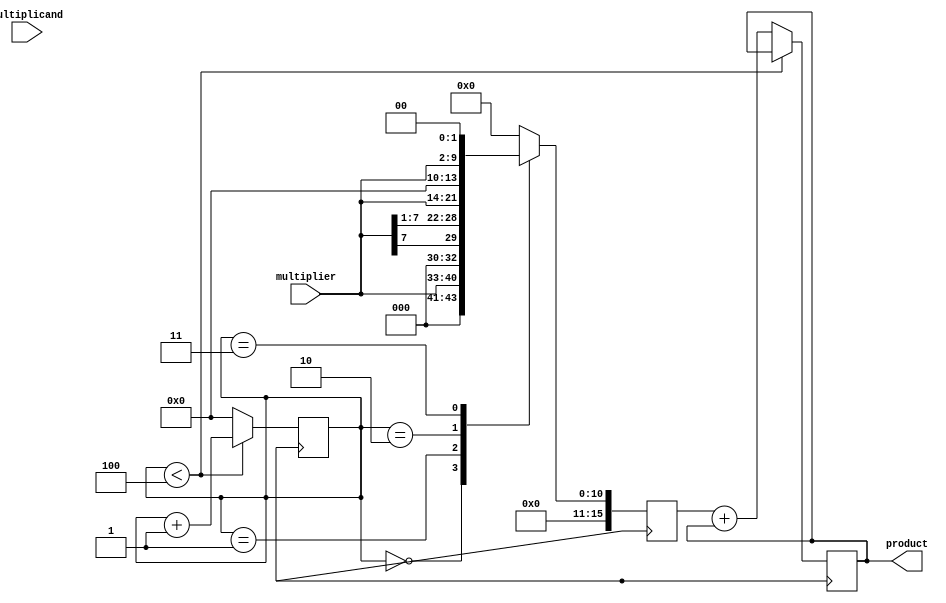
module booth_multiplier (
    input wire [7:0] multiplicand,
    input wire [7:0] multiplier,
    output reg [15:0] product
);

reg [15:0] partial_product;
reg [3:0] stage_counter;

always @(posedge clk) begin
    case (stage_counter)
        0: begin
            partial_product <= {8'b0, multiplier};
        end
        1: begin
            partial_product <= {multiplier[7], multiplier[7:1]};
        end
        2: begin
            partial_product <= {multiplier[7:0], 3'b0};
        end
        3: begin
            partial_product <= {9'b0, multiplier, 2'b0};
        end
        // Add more stages as needed for larger multipliers
        default: begin
            partial_product <= 16'b0;
        end
    endcase
end

always @(posedge clk) begin
    if (stage_counter < 4) begin
        stage_counter <= stage_counter + 1;
    end
    else begin
        product <= partial_product + product;
        stage_counter <= 0;
    end
end

endmodule